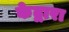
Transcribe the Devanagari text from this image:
केद्वारा